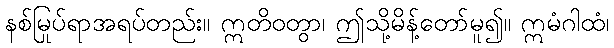
နစ်မြုပ်ရာအရပ်တည်း။ ဣတိဝတွာ၊ ဤသို့မိန့်တော်မူ၍။ ဣမံဂါထံ၊